Lunatic asylums Central Provinces reports 1895-1909 - 1895-1909
Year: 1895
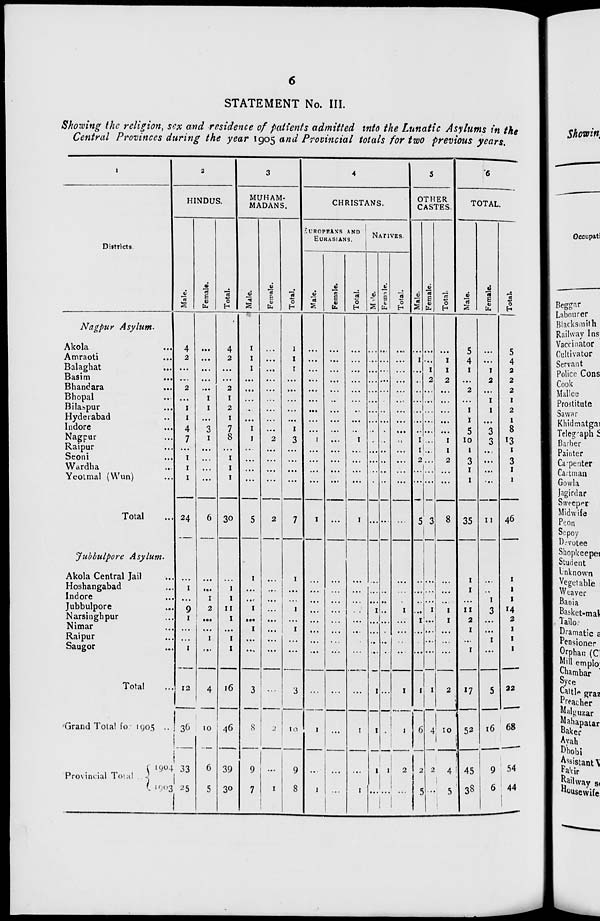
6
STATEMENT No. III.
Showing the religion, sex and residence of patients admitted into the Lunatic Asylums in the
Central Provinces during the year 1905 and Provincial totals for two previous years.
1
Districts.
Nagpur Asylum.
Akola ...
Amraoti ...
Balaghat ...
Basim
...
Bhandara ...
Bhopal ...
Bilaspur ...
Hyderabad ...
Indore ...
Nagpur ...
Raipur ...
Seoni ...
Wardha ...
Yeotmal (Wun) ...
Total ...
Jubbulpore Asylum.
Akola Central Jail ...
Hoshangabad ...
Indore ...
Jubbulpore ...
Narsinghpur ...
Nimar ...
Raipur ...
Saugor ...
Total ...
Grand Total for 1905 ...
Provincial Total
1904 ...
1903 ...
2
HINDUS.
Male.
4
2
...
...
2
...
1
1
4
7
...
1
1
1
24
...
1
...
9
1
...
...
1
12
36
33
25
Female.
...
...
...
...
...
1
1
...
3
1
...
...
...
...
6
...
...
1
2
...
...
1
...
4
10
6
5
Total.
4
2
...
...
2
1
2
1
7
8
...
1
1
1
30
...
1
1
11
1
...
1
1
16
46
39
30
3
MUHAM¬
MADANS.
Male.
1
1
1
...
...
...
...
...
1
1
...
...
...
...
5
1
...
...
1
...
1
...
...
3
8
9
7
Female.
...
...
...
...
...
...
...
...
...
2
...
...
...
...
2
...
...
...
...
...
...
...
...
...
2
...
1
Total.
1
1
1
...
...
...
...
...
1
3
...
...
...
...
7
1
...
...
1
...
1
...
...
3
10
9
8
4
CHRISTANS.
EUROPEANS AND
EURASIANS.
Male.
...
...
...
...
...
...
...
...
...
1
...
...
...
...
1
...
...
...
...
...
...
...
...
...
1
...
1
Female.
...
...
...
...
...
...
...
...
...
...
...
...
...
...
...
...
...
...
...
...
...
...
...
...
...
...
...
Total.
...
...
...
...
...
...
...
...
...
1
...
...
...
...
1
...
...
...
...
...
...
...
...
...
1
...
1
NATIVES.
Male.
...
...
...
...
...
...
...
...
...
...
...
...
...
...
...
...
...
...
1
...
...
...
...
1
1
1
...
Female.
...
...
...
...
...
...
...
...
...
...
...
...
...
...
...
...
...
...
..
...
...
...
...
...
...
1
...
Total.
...
...
...
...
...
...
...
...
...
...
...
...
...
...
...
...
...
...
1
...
...
...
...
1
1
2
...
5
OTHER
CASTES.
Male.
...
1
...
...
...
...
...
...
...
1
1
2
...
...
5
...
...
...
...
1
...
...
...
1
6
2
5
Female.
...
...
1
2
...
...
...
...
...
...
...
...
...
...
3
...
...
...
1
...
...
...
...
1
4
2
...
Total.
...
1
1
2
...
...
...
...
...
1
1
2
...
...
8
...
...
...
1
1
...
...
...
2
10
4
5
6
TOTAL.
Male.
5
4
1
...
2
...
1
1
5
10
1
3
1
1
35
1
1
...
11
2
1
...
1
17
52
45
38
Female.
...
...
1
2
...
1
1
...
3
3
...
...
...
...
11
...
...
1
3
...
...
1
...
5
16
9
6
Total.
5
4
2
2
2
1
2
1
8
13
1
3
1
1
46
1
1
1
14
2
1
1
1
22
68
54
44